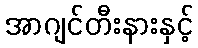
အာဂျင်တီးနားနှင့်